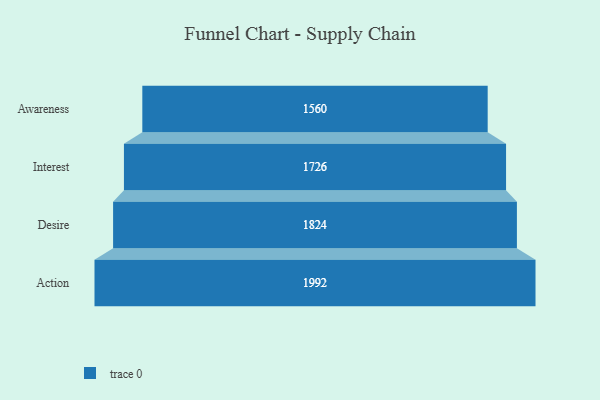
{"axis": {"x": "Stage", "y": "Value"}, "legend": [""], "data": [{"x": "Awareness", "y": 1560.0, "type": ""}, {"x": "Interest", "y": 1726.0, "type": ""}, {"x": "Desire", "y": 1824.0, "type": ""}, {"x": "Action", "y": 1992.0, "type": ""}]}